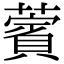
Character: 薲